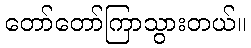
တော်တော်ကြာသွားတယ်။